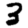
Digit: 3